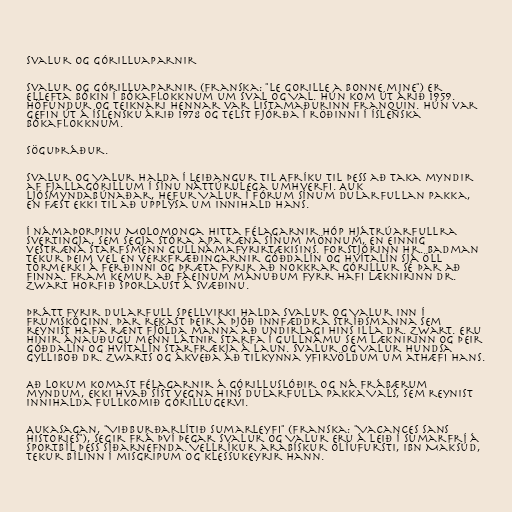
Svalur og górilluaparnir

Svalur og górilluaparnir (franska: "Le gorille a bonne mine") er
ellefta bókin í bókaflokknum um Sval og Val. Hún kom út árið 1959.
Höfundur og teiknari hennar var listamaðurinn Franquin. Hún var
gefin út á íslensku árið 1978 og telst fjórða í röðinni í íslenska
bókaflokknum.

Söguþráður.

Svalur og Valur halda í leiðangur til Afríku til þess að taka myndir
af fjallagórillum í sínu náttúrulega umhverfi. Auk
ljósmyndabúnaðar, hefur Valur í fórum sínum dularfullan pakka,
en fæst ekki til að upplýsa um innihald hans.

Í námaþorpinu Molomonga hitta félagarnir hóp hjátrúarfullra
svertingja, sem segja stóra apa ræna sínum mönnum, en einnig
vestræna starfsmenn gullnámafyrirtækisins. Forstjórinn hr. Badman
tekur þeim vel en verkfræðingarnir Góðdalín og Hvítalín sjá öll
tormerki á ferðinni og þræta fyrir að nokkrar górillur sé þar að
finna. Fram kemur að fáeinum mánuðum fyrr hafi læknirinn dr.
Zwart horfið sporlaust á svæðinu.

Þrátt fyrir dularfull spellvirki halda Svalur og Valur inn í
frumskóginn. Þar rekast þeir á þjóð innfæddra stríðsmanna sem
reynist hafa rænt fjölda manna að undirlagi hins illa dr. Zwart. Eru
hinir ánauðugu menn látnir starfa í gullnámu sem læknirinn og þeir
Góðdalín og Hvítalín starfrækja á laun. Svalur og Valur hundsa
gylliboð dr. Zwarts og ákveða að tilkynna yfirvöldum um athæfi hans.

Að lokum komast félagarnir á górilluslóðir og ná frábærum
myndum, ekki hvað síst vegna hins dularfulla pakka Vals, sem reynist
innihalda fullkomið górillugervi.

Aukasagan, "Viðburðarlítið sumarleyfi" (franska: "Vacances sans
histories"), segir frá því þegar Svalur og Valur eru á leið í sumarfrí á
sportbíl þess síðarnefnda. Vellríkur arabískur olíufursti, Ibn Maksúd,
tekur bílinn í misgripum og klessukeyrir hann.